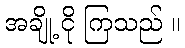
အချို့ ငို ကြသည် ။